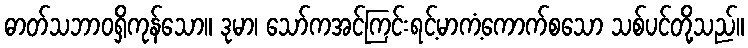
ဓာတ်သဘာဝရှိကုန်သော။ ဒုမာ၊ သော်ကအင်ကြင်းရင့်မာကံ့ကောက်စသော သစ်ပင်တို့သည်။